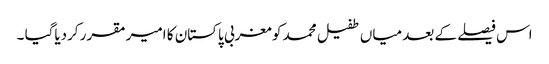
اس فیصلے کے بعد میاں طفیل محمد کو مغربی پاکستان کا امیر مقرر کردیاگیا ۔